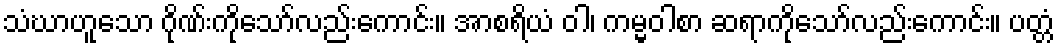
သံဃာဟူသော ဂိုဏ်းကိုသော်လည်းကောင်း။ အာစရိယံ ဝါ၊ ကမ္မဝါစာ ဆရာကိုသော်လည်းကောင်း။ ပတ္တံ